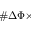
\# \Delta \Phi \times